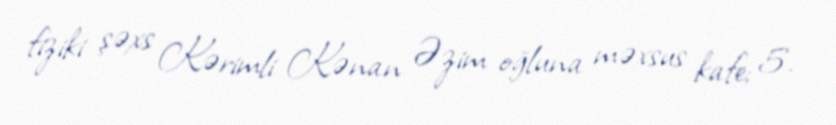
fiziki şəxs Kərimli Kənan Əzim oğluna məxsus kafe; 5.